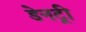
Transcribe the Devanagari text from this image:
डेनट्री